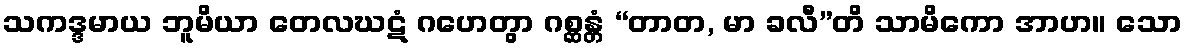
သကဒ္ဒမာယ ဘူမိယာ တေလဃဋံ ဂဟေတွာ ဂစ္ဆန္တံ “တာတ, မာ ခလီ”တိ သာမိကော အာဟ။ သော